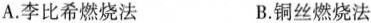
A.李比希燃烧法 B.铜丝燃烧法